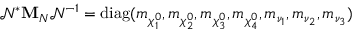
\mathcal { N } ^ { * } { \mathbf M } _ { N } \mathcal { N } ^ { - 1 } = \mathrm { d i a g } ( m _ { \chi _ { 1 } ^ { 0 } } , m _ { \chi _ { 2 } ^ { 0 } } , m _ { \chi _ { 3 } ^ { 0 } } , m _ { \chi _ { 4 } ^ { 0 } } , m _ { \nu _ { 1 } } , m _ { \nu _ { 2 } } , m _ { \nu _ { 3 } } )